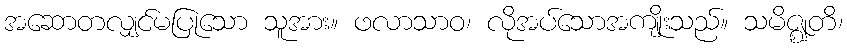
အဆောတလျှင်မပြုသော သူအား။ ဖလာသာဝ၊ လိုအပ်သောအကျိုးသည်။ သမိဇ္ဈတိ၊